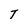
Character: T